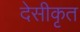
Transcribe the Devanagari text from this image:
देसीकृत